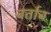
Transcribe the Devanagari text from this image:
बर्ताब